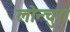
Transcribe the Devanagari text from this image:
लोन्चुरा